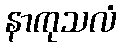
နာကုသလံ